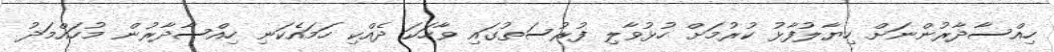
ހިއްސާދާރުންނަށް ހިޔާލުފާޅު ކުރުމަށް ހުޅުވާލި ފުރުސަތުގައި ވާހަކަ ދެއްކި ހަމައެކަނި ހިއްސާދާރުން މުހައްމަދު